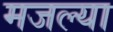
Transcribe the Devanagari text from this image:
मजल्या